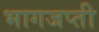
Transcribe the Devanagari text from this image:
भागजप्ती